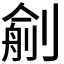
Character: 𠞼